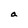
Character: a